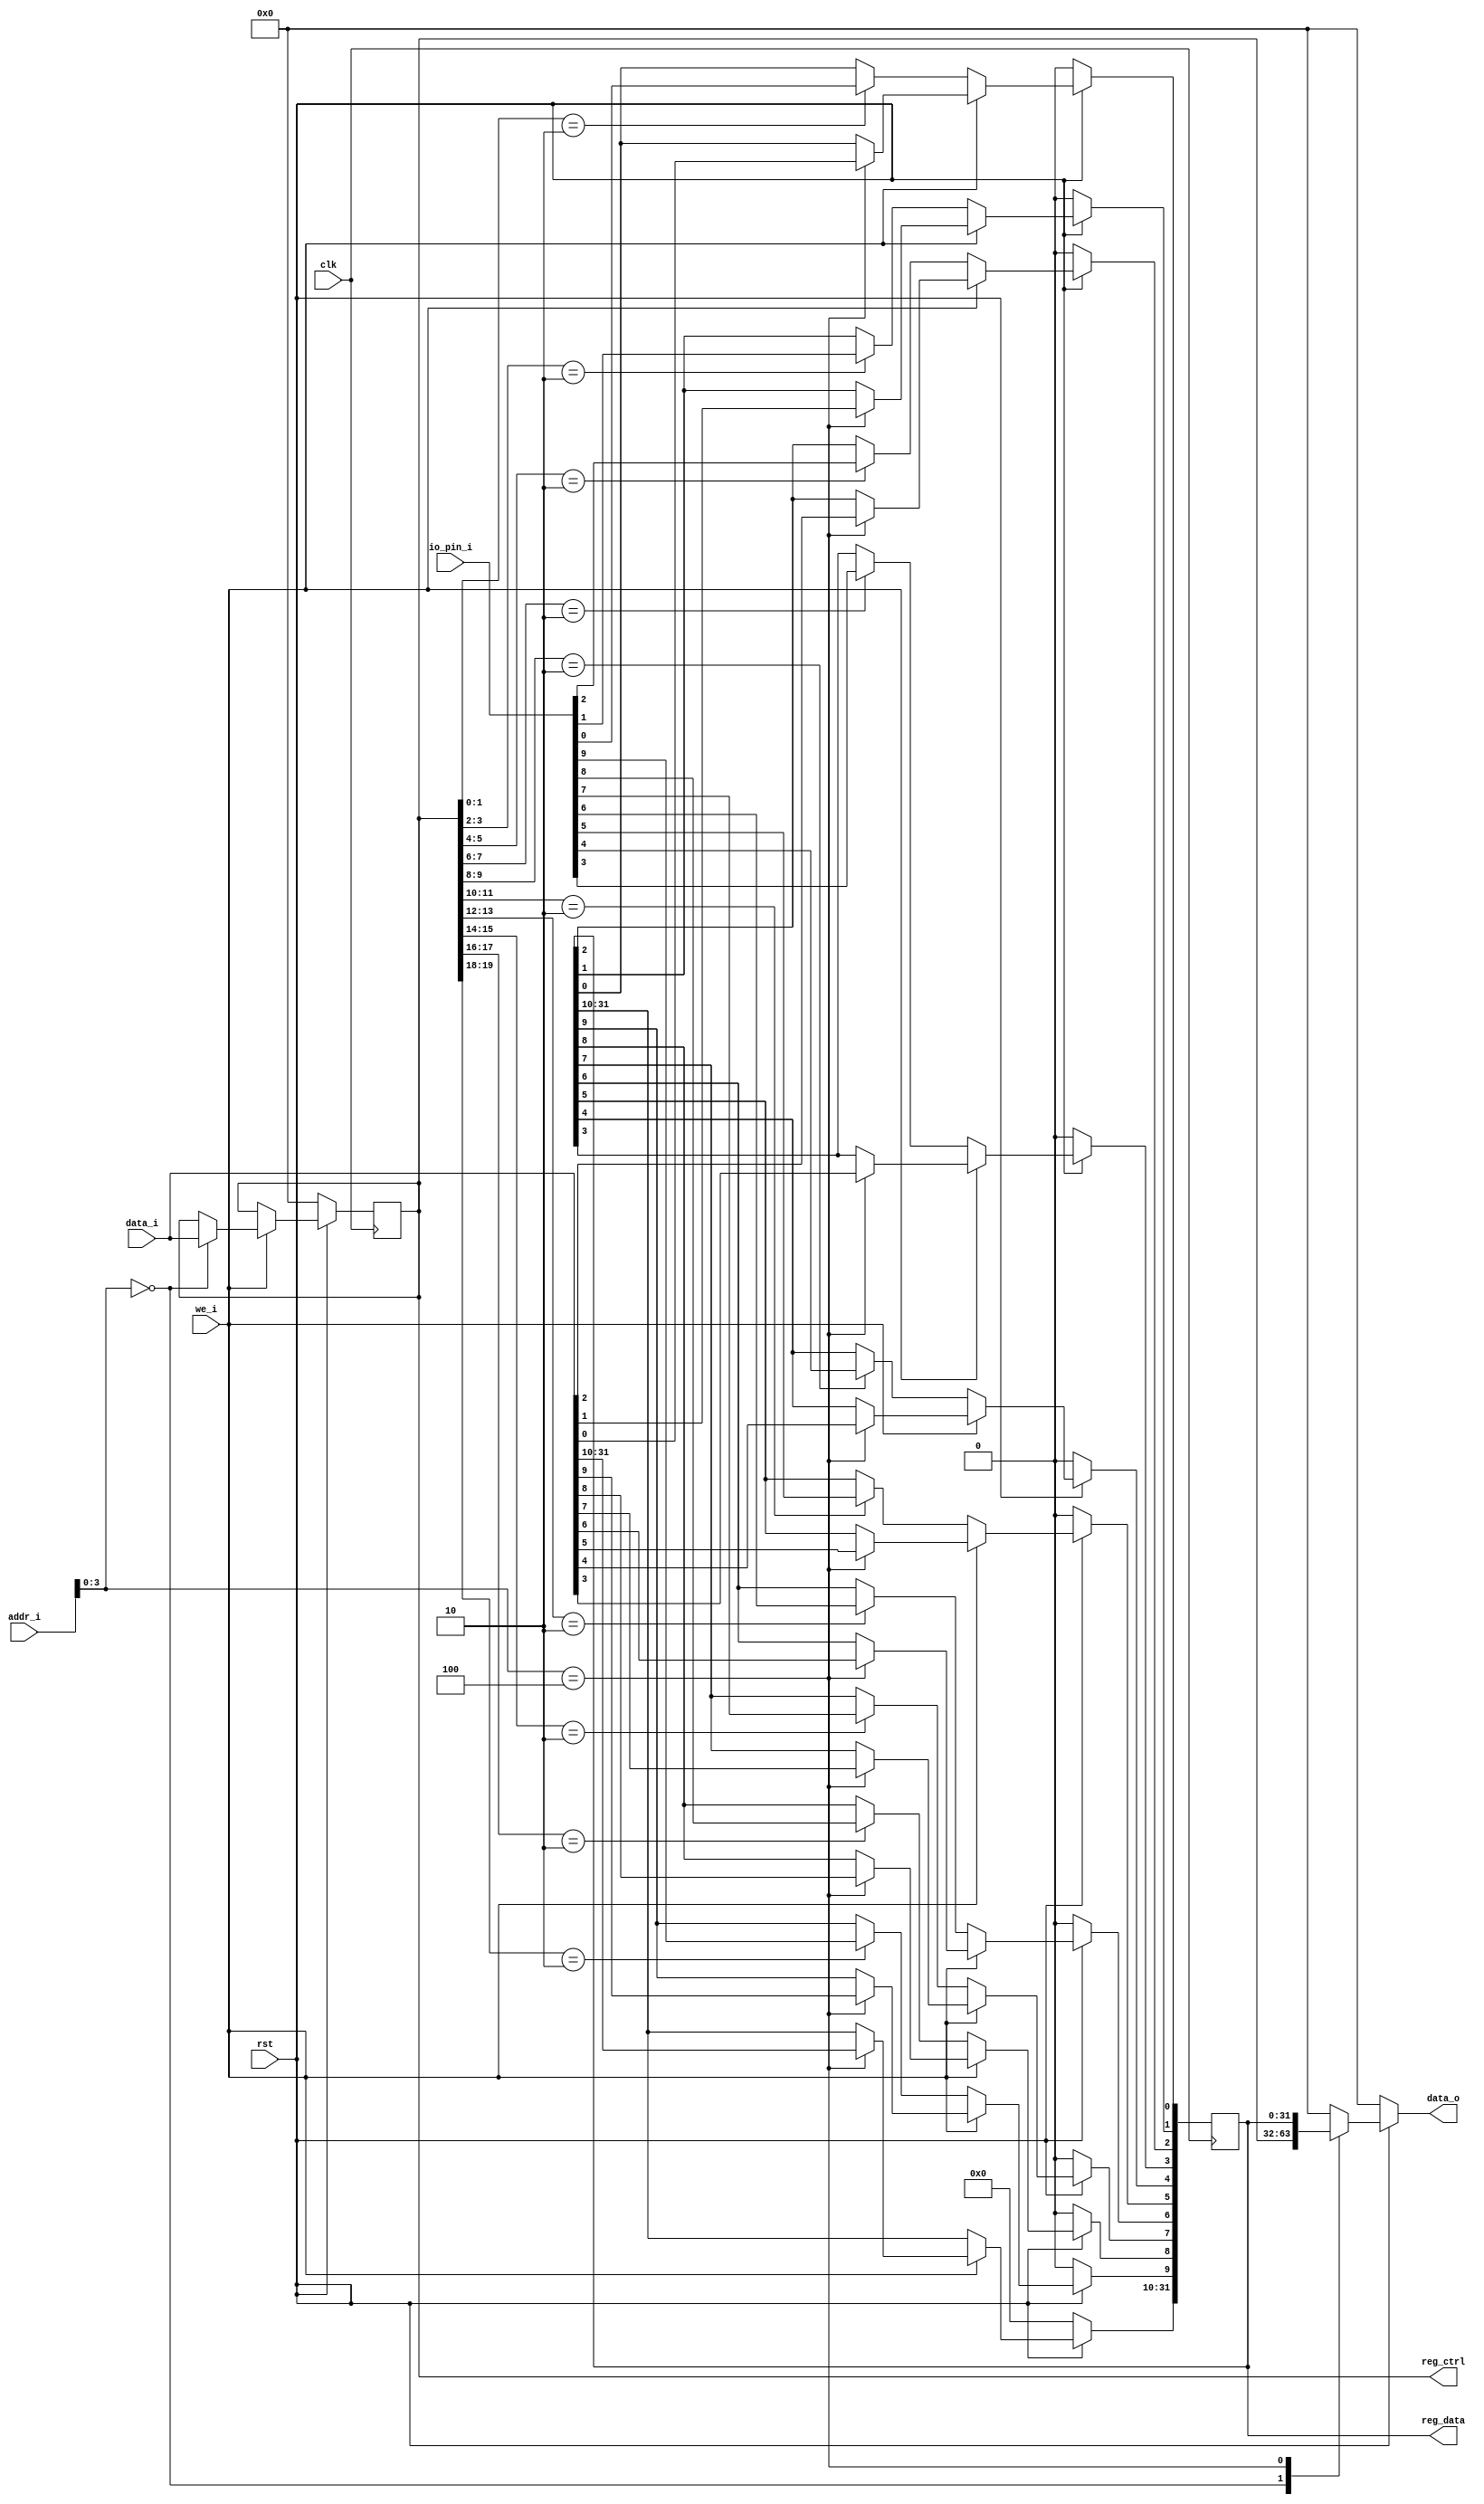
 /*                                                                      
                                         
 */


// GPIO
module gpio(
	//_i _o
    input wire clk,
	input wire rst,

    input wire we_i,
    input wire[31:0] addr_i,  //GPIO
    input wire[31:0] data_i,  //GPIO

    output reg[31:0] data_o,  //GPIO

    input wire[9:0] io_pin_i, //GPIO
    output wire[31:0] reg_ctrl, //GPIO
    output wire[31:0] reg_data //GPIO

    );


    // GPIO
    localparam GPIO_CTRL = 4'h0;
    // GPIO
    localparam GPIO_DATA = 4'h4;

    // 21IO16IO
    // 0: 12
    reg[31:0] gpio_ctrl;
    // 
    reg[31:0] gpio_data;


    assign reg_ctrl = gpio_ctrl;
    assign reg_data = gpio_data;


    // 
    always @ (posedge clk) begin
        if (rst == 1'b0) begin
            gpio_data <= 32'h0;
            gpio_ctrl <= 32'h0;
        end else begin
            if (we_i == 1'b1) begin
                case (addr_i[3:0])
                    GPIO_CTRL: begin
                        gpio_ctrl <= data_i;
                    end
                    GPIO_DATA: begin
                        gpio_data <= data_i;
                    end
                endcase
			//GPIO0~9 
            end else begin
                if (gpio_ctrl[1:0] == 2'b10) begin
                    gpio_data[0] <= io_pin_i[0];
                end
                if (gpio_ctrl[3:2] == 2'b10) begin
                    gpio_data[1] <= io_pin_i[1];
                end
				if (gpio_ctrl[5:4] == 2'b10) begin
                    gpio_data[2] <= io_pin_i[2];
                end
				if (gpio_ctrl[7:6] == 2'b10) begin
                    gpio_data[3] <= io_pin_i[3];
                end
				if (gpio_ctrl[9:8] == 2'b10) begin
                    gpio_data[4] <= io_pin_i[4];
                end
				if (gpio_ctrl[11:10] == 2'b10) begin
                    gpio_data[5] <= io_pin_i[5];
                end
				if (gpio_ctrl[13:12] == 2'b10) begin
                    gpio_data[6] <= io_pin_i[6];
                end
				if (gpio_ctrl[15:14] == 2'b10) begin
                    gpio_data[7] <= io_pin_i[7];
                end
				if (gpio_ctrl[17:16] == 2'b10) begin
                    gpio_data[8] <= io_pin_i[8];
                end
				if (gpio_ctrl[19:18] == 2'b10) begin
                    gpio_data[9] <= io_pin_i[9];
                end
            end
        end
    end

    // 
    always @ (*) begin
        if (rst == 1'b0) begin
            data_o = 32'h0;
        end else begin
            case (addr_i[3:0])
                GPIO_CTRL: begin
                    data_o = gpio_ctrl;
                end
				//GPIO0~9 
                GPIO_DATA: begin
                    data_o = gpio_data;
                end
                default: begin
                    data_o = 32'h0;
                end
            endcase
        end
    end

endmodule